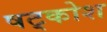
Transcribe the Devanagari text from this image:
षट्कोश